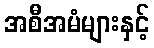
အစီအမံများနှင့်